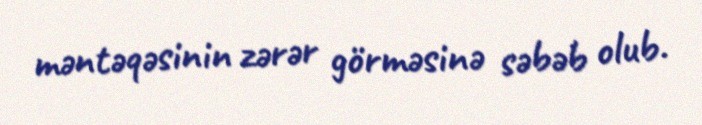
məntəqəsinin zərər görməsinə səbəb olub.